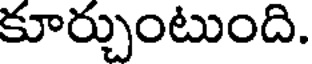
కూర్చుంటుంది.